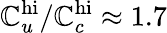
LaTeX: \mathbb{C}_{u}^{\mathrm{{hi}}}/\mathbb{C}_{c}^{\mathrm{{hi}}}\approx 1.7